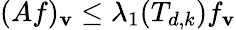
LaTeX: (Af)_{\mathbf{v}}\leq\lambda_{1}(T_{d,k})f_{\mathbf{v}}